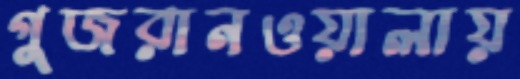
গুজরানওয়ালায়